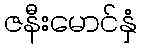
ဇနီးမောင်နှံ